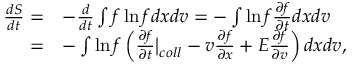
\begin{array} { r l } { \frac { d S } { d t } = } & { - \frac { d } { d t } \int f \ln f d x d v = - \int \ln f \frac { \partial f } { \partial t } d x d v } \\ { = } & { - \int \ln f \left( \frac { \partial f } { \partial t } \bigr \rvert _ { c o l l } - v \frac { \partial f } { \partial x } + E \frac { \partial f } { \partial v } \right) d x d v , } \end{array}